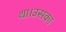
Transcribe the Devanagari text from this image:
था।उसका